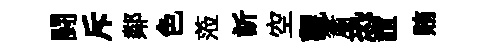
闘斥鄰色蒞訢空觀簫恐誼賄